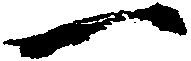
一